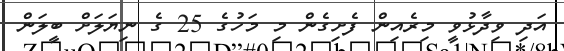
އަދި ވިދާޅުވީ މިރެއިން ފެށިގެން މި މަހުގެ 25 ގެ ނިޔަލަށް ބީލަން